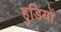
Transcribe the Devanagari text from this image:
हुडियों